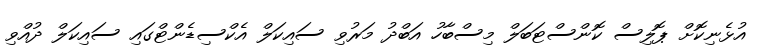
އުޅެނިކޮށް ޕޮލިސް ކޮންސްޓަބަލް މިސްބާހު އަބްދު މަރުވި ސައިކަލް އެކްސިޑެންޓްގައި ސައިކަލް ދުއްވި